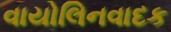
વાયોલિનવાદક